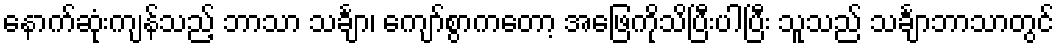
နောက်ဆုံးကျန်သည့် ဘာသာ သင်္ချာ၊ ကျော်စွာကတော့ အဖြေကိုသိပြီးပါပြီး သူသည် သင်္ချာဘာသာတွင်